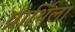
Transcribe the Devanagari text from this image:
प्रार्थिला